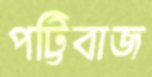
পট্টিবাজ